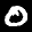
Label: 0